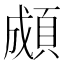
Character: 䫆